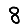
Digit: 8